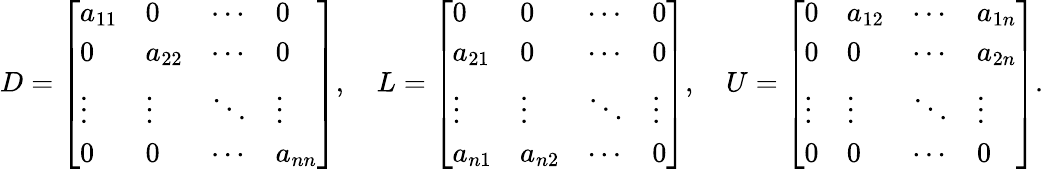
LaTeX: D={\left[\begin{array}{llll}{a_{11}}&{0}&{\cdots}&{0}\\ {0}&{a_{22}}&{\cdots}&{0}\\ {\vdots}&{\vdots}&{\ddots}&{\vdots}\\ {0}&{0}&{\cdots}&{a_{nn}}\end{array}\right]},\quad L={\left[\begin{array}{llll}{0}&{0}&{\cdots}&{0}\\ {a_{21}}&{0}&{\cdots}&{0}\\ {\vdots}&{\vdots}&{\ddots}&{\vdots}\\ {a_{n1}}&{a_{n2}}&{\cdots}&{0}\end{array}\right]},\quad U={\left[\begin{array}{llll}{0}&{a_{12}}&{\cdots}&{a_{1n}}\\ {0}&{0}&{\cdots}&{a_{2n}}\\ {\vdots}&{\vdots}&{\ddots}&{\vdots}\\ {0}&{0}&{\cdots}&{0}\end{array}\right]}.